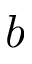
b